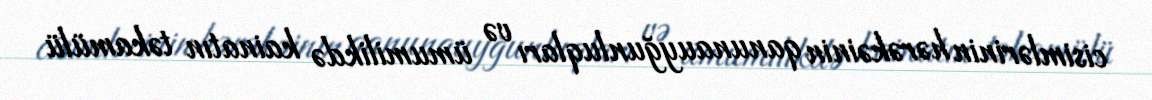
cisimlərinin hərəkəinin qanunauyğunluqları və ümumilikdə kainatın təkamülü